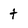
Character: t